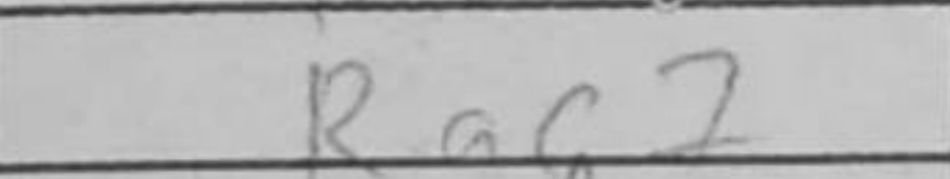
Transcription: Rac7